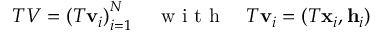
T V = \left( T \mathbf { v } _ { i } \right) _ { i = 1 } ^ { N } \quad \mathrm { ~ w ~ i ~ t ~ h ~ } \quad T \mathbf { v } _ { i } = ( T \mathbf { x } _ { i } , \mathbf { h } _ { i } )